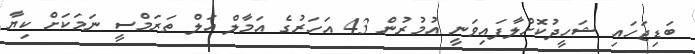
ބަޑިޖަހައި ޝަހީދުކޮށްލާފައިވަނީ އުމުރުން 43 އަހަރުގެ އަމާލް އަލް ތަރަމްސީ ނަމަކަށް ކިޔާ